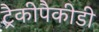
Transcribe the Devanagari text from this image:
ट्रैकीपैकीडी